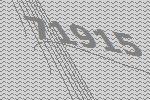
71915